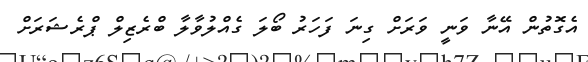
އެގޮތުން އޭނާ ވަނީ ވަރަށް ގިނަ ފަހަރު ބޯލަ ގެއްލުވާލާ ބްރެޒިލް ޕްރެޝަރަށް